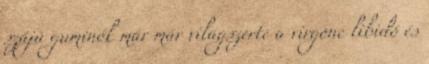
szájú guminők már már világszerte a virgonc libidó és